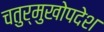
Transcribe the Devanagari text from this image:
चतुर्मुखोपदेश